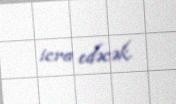
icra edəcək.